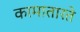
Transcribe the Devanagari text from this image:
कामातारते